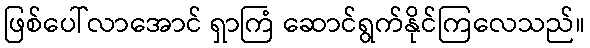
ဖြစ်ပေါ်လာအောင် ရှာကြံ ဆောင်ရွက်နိုင်ကြလေသည်။